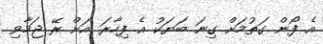
އެ ފޯން ގަތުމަށް ގިނަ ބަޔަކު އެ ފިހާރަ އަށް ރޭ ޖަމާވި